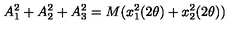
A _ { 1 } ^ { 2 } + A _ { 2 } ^ { 2 } + A _ { 3 } ^ { 2 } = M ( x _ { 1 } ^ { 2 } ( 2 { \theta } ) + x _ { 2 } ^ { 2 } ( 2 { \theta } ) )